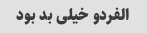
الفردو خیلی بد بود